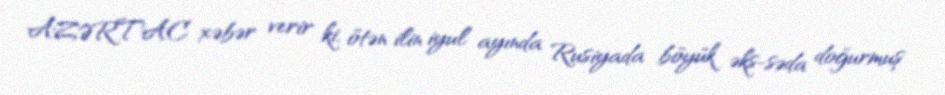
AZƏRTAC xəbər verir ki, ötən ilin iyul ayında Rusiyada böyük əks-səda doğurmuş